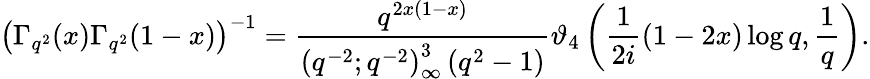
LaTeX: \left(\Gamma_{q^{2}}(x)\Gamma_{q^{2}}(1-x)\right)^{-1}={\frac{q^{2x(1-x)}}{\left(q^{-2};q^{-2}\right)_{\infty}^{3}\left(q^{2}-1\right)}}\vartheta_{4}\left({\frac{1}{2i}}(1-2x)\log q,{\frac{1}{q}}\right).